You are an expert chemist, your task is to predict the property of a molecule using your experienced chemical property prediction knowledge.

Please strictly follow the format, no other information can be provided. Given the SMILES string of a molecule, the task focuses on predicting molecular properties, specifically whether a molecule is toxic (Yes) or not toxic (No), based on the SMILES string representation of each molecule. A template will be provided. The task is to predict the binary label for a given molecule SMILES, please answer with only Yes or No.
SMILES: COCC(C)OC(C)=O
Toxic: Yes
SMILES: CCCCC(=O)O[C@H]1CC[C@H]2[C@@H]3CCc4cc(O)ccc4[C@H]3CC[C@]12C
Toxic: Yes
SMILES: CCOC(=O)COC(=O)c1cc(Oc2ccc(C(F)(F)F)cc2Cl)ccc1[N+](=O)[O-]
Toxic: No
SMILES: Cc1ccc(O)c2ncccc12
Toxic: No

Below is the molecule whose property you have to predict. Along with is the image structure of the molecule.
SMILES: CC(C)(C)NCCNC(C)(C)C
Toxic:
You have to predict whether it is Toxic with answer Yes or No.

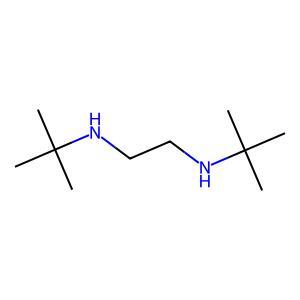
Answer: No